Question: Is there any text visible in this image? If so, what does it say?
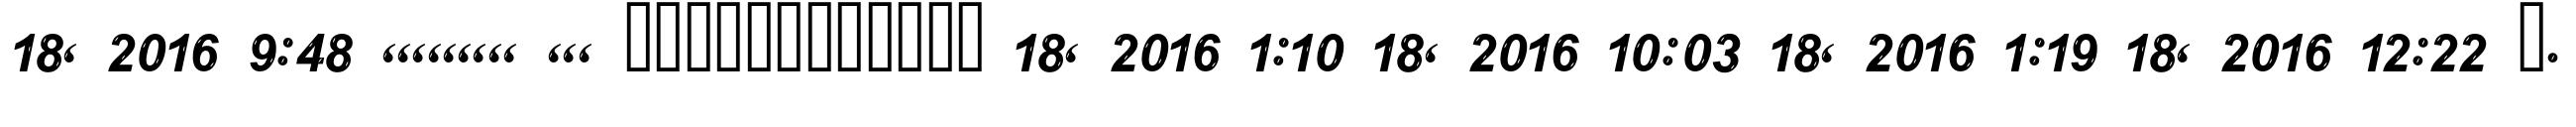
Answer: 18, 2016 9:48 ,,,,,,,,, ,,, ???????????? 18, 2016 1:10 18, 2016 10:03 18, 2016 1:19 18, 2016 12:22 ?.